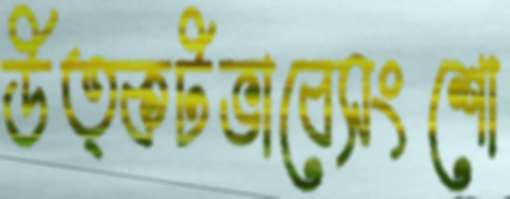
উত্কটভাবেসংশো